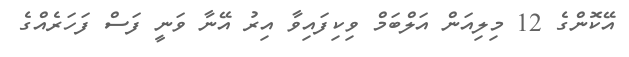
އޭކޮންގެ 12 މިލިއަން އަލްބަމް ވިކިފައިވާ އިރު އޭނާ ވަނީ ފަސް ފަހަރެއްގެ